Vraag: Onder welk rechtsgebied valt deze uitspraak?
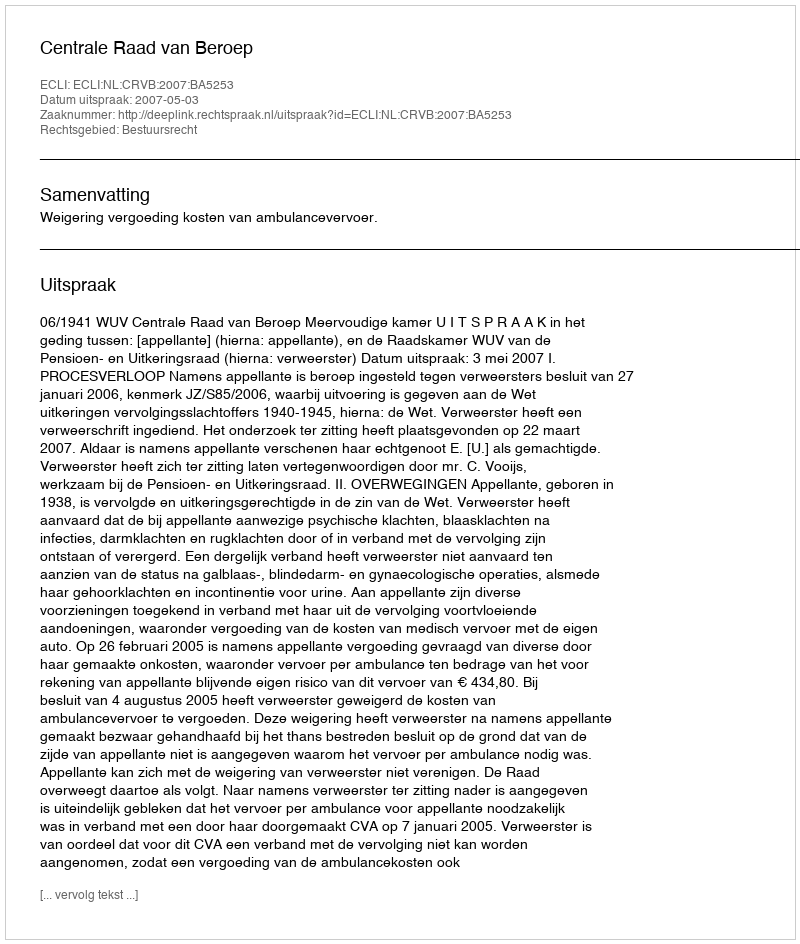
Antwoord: Bestuursrecht